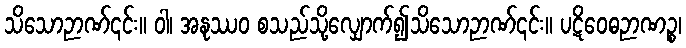
သိသောဉာဏ်၎င်း။ ဝါ၊ အနုဿဝ စသည်သို့လျှောက်၍သိသောဉာဏ်၎င်း။ ပဋိဝေဓဉာဏဉ္စ၊